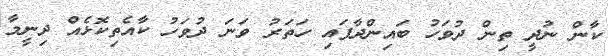
ކާން ނުދީ ތިން ދުވަހު ބައިންދާފައި ހަތަރު ވަނަ ދުވަހު ކާއެތިކޮޅެއް ދިނީމާ